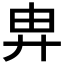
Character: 𢍁